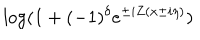
\log ( 1 + ( - 1 ) ^ { \delta } e ^ { \pm i Z ( x \pm i \eta ) } )